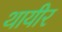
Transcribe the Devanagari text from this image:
थायीर